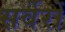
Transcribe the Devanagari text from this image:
सर्वेरों